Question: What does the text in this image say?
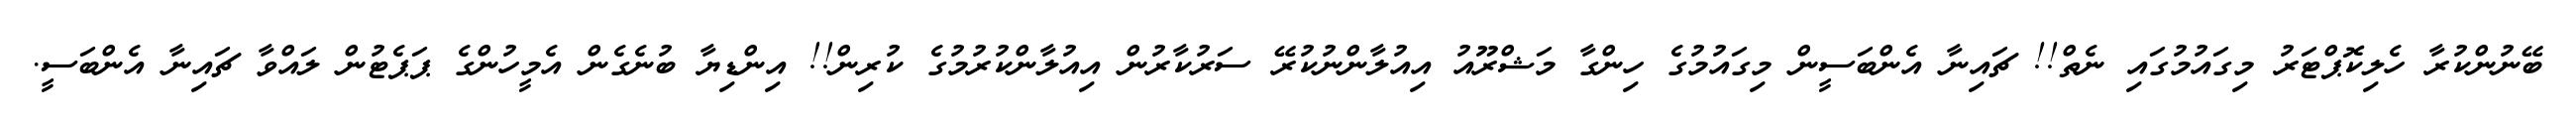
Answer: ބޭނުންކުރާ ހެލިކޮޕްޓަރު މިގައުމުގައި ނެތް!! ޗައިނާ އެންބަސީން މިގައުމުގެ ހިންގާ މަޝްރޫއު އިއުލާންނުކުރޭ ސަރުކާރުން އިއުލާންކުރުމުގެ ކުރިން!! އިންޑިޔާ ބުނެގެން އެމީހުންގެ ޕަޕެޓުން ލައްވާ ޗައިނާ އެންބަސީ.